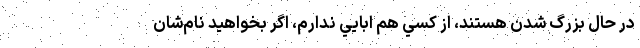
در حال بزرگ شدن هستند، از كسي هم ابايي ندارم، اگر بخواهيد نام‌شان